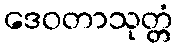
ဒေဝတာသုတ္တံ